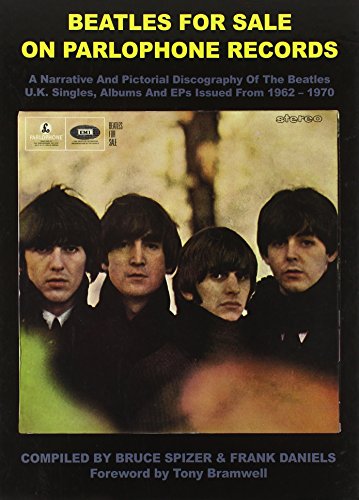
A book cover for Beatles For Sale on Parlophone Records; Bruce Spizer; Humor & Entertainment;